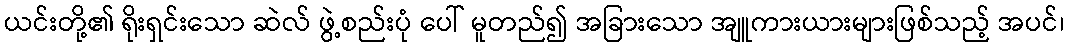
ယင်းတို့၏ ရိုးရှင်းသော ဆဲလ် ဖွဲ့စည်းပုံ ပေါ် မူတည်၍ အခြားသော အျူကားယားများဖြစ်သည့် အပင်၊